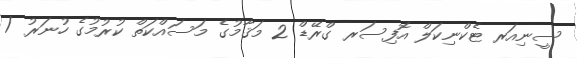
ސީނިއަރ ޓެކްނިކަލް އޮފިސަރ ގްރޭޑް 2 މަޤާމުގެ މަސައްކަތް ކުރުމުގެ ހުނަރު /